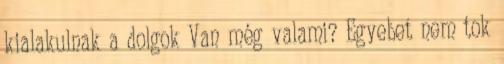
kialakulnak a dolgok Van még valami? Egyebet nem tok